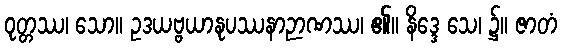
ဝုတ္တဿ၊ သော။ ဥဒယဗ္ဗယာနုပဿနာဉာဏဿ၊ ၏။ နိဒ္ဒေ သေ၊ ၌။ ဇာတံ